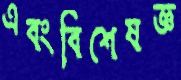
এবংবিশেষজ্ঞ